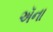
ઍના